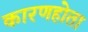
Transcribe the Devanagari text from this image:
कारणहोता